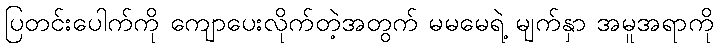
ပြတင်းပေါက်ကို ကျောပေးလိုက်တဲ့အတွက် မမမေရဲ့ မျက်နှာ အမူအရာကို